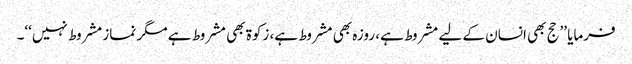
فرمایا ’’حج بھی انسان کے لیے مشروط ہے، روزہ بھی مشروط ہے، زکوۃ بھی مشروط ہے مگر نماز مشروط نہیں‘‘۔